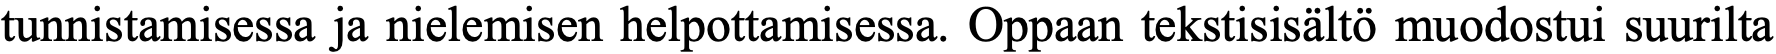
tunnistamisessa ja nielemisen helpottamisessa. Oppaan tekstisisältö muodostui suurilta